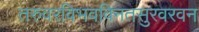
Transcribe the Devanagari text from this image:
तरुवरविभवविनतसुरवरवन